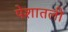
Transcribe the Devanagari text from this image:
पेशातली